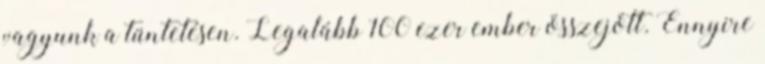
vagyunk a tüntetésen. Legalább 100 ezer ember összejött. Ennyire